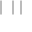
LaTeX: | \bigstar \bigstar | \bigstar |